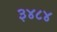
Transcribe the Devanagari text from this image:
३४८४